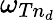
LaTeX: \omega_{Tn_{d}}